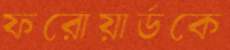
ফরোয়ার্ডকে